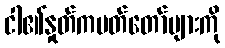
ငါ၏နှုတ်ကပတ်တော်များကို